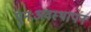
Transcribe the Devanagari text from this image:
पुनःअवस्थापन